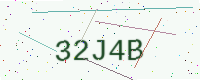
Text: 32J4B